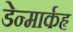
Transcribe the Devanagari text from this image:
डेन्मार्कहृ